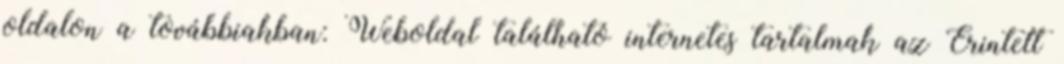
oldalon a továbbiakban: Weboldal található internetes tartalmak az Érintett